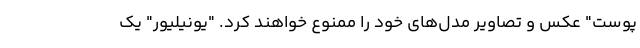
پوست" عکس و تصاویر مدل‌های خود را ممنوع خواهند کرد. "یونیلیور" یک